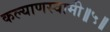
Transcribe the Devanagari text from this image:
कल्याणस्वामी॥५॥